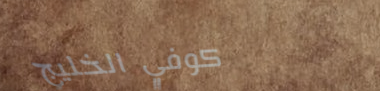
كوفي الخليج